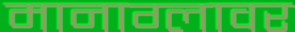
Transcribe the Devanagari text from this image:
मानाग्लावर